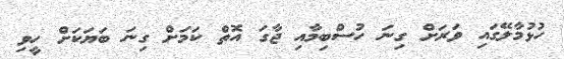
ހުޅުމާލޭގައި ވަރަށް ގިނަ ހުސްބިމާއި ޖާގަ އޮތް ކަމަށް ގިނަ ބަޔަކަށް ހީވި